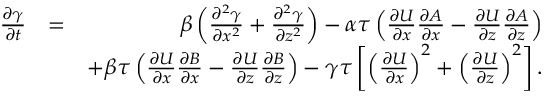
\begin{array} { r l r } { \frac { \partial \gamma } { \partial t } } & { = } & { \beta \left( { \frac { \partial ^ { 2 } \gamma } { \partial x ^ { 2 } } + \frac { \partial ^ { 2 } \gamma } { \partial z ^ { 2 } } } \right) - \alpha \tau \left( { \frac { \partial U } { \partial x } \frac { \partial A } { \partial x } - \frac { \partial U } { \partial z } \frac { \partial A } { \partial z } } \right) } \\ & { } & { + \beta \tau \left( { \frac { \partial U } { \partial x } \frac { \partial B } { \partial x } - \frac { \partial U } { \partial z } \frac { \partial B } { \partial z } } \right) - \gamma \tau \left[ { \left( { \frac { \partial U } { \partial x } } \right) ^ { 2 } + \left( { \frac { \partial U } { \partial z } } \right) ^ { 2 } } \right] . } \end{array}